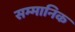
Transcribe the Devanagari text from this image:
सम्‍मानिक